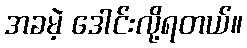
အခမဲ့ ဒေါင်းလို့ရတယ်။